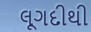
લૂગદીથી